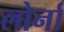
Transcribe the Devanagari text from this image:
लोर्ना